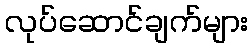
လုပ်ဆောင်ချက်များ